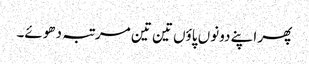
پھر اپنے دونوں پاؤں تین تین مرتبہ دھوئے۔